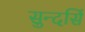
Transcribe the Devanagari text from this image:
सुन्दर्सि